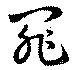
罪